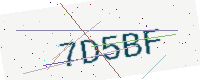
Text: 7D5BF